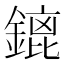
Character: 𨪡